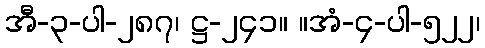
အီ-၃-ပါ-၂၈၇၊ ဋ္ဌ-၂၄၁။ ။အံ-၄-ပါ-၅၂၂၊